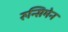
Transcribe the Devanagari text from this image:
रुन्सिमेन